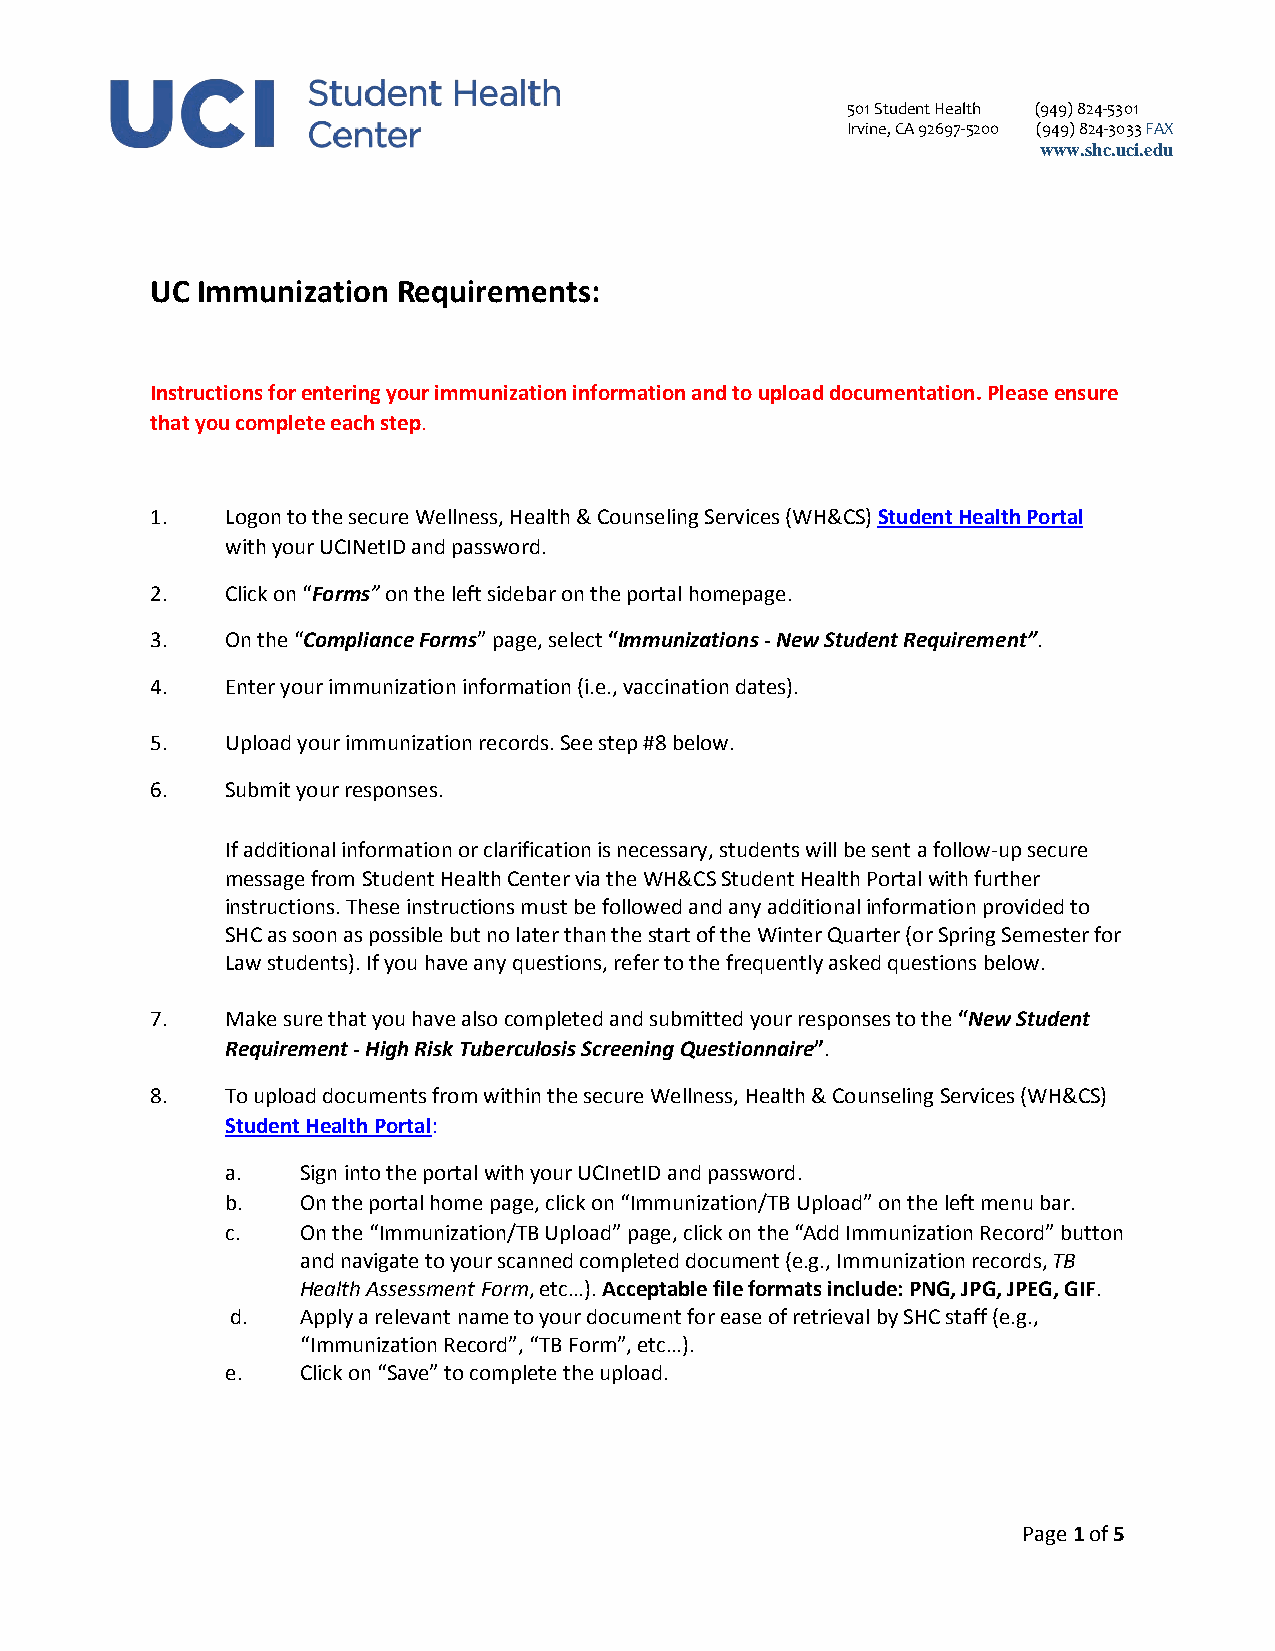
501 Student Health (949) 824-5301
 Irvine, CA 92697-5200 (949) 824-30 33 FAX
 www.shc.uci.edu
 UC Immunization Requirements:
 Instructions for entering your immunization information and to upload documentation. Please ensure
 that you complete each step.
 1.   Logon to the secure Wellness, Health & Counseling Services (WH&CS) Student Health Portal
 with your UCINetID and password.
 2.   Click on “Forms” on the left sidebar on the portal homepage.
 3.   On the “Compliance Forms” page, select “Immunizations - New Student Requirement”.
 4.   Enter your immunization information (i.e., vaccination dates).
 5.   Upload your immunization records. See step #8 below.
 6.   Submit your responses.
 If additional information or clarification is necessary, students will be sent a follow-up secure
 message from Student Health Center via the WH&CS Student Health Portal with further
 instructions. These instructions must be followed and any additional information provided to
 SHC as soon as possible but no later than the start of the Winter Quarter (or Spring Semester for
 Law students). If you have any questions, refer to the frequently asked questions below.
 7.   Make sure that you have also completed and submitted your responses to the “New Student
 Requirement - High Risk Tuberculosis Screening Questionnaire”.
 8.   To upload documents from within the secure Wellness, Health & Counseling Services (WH&CS)
 Student Health Portal:
 a.   Sign into the portal with your UCInetID and password.
 b.   On the portal home page, click on “Immunization/TB Upload” on the left menu bar.
 c.   On the “Immunization/TB Upload” page, click on the “Add Immunization Record” button
 and navigate to your scanned completed document (e.g., Immunization records, TB
 Health Assessment Form, etc…). Acceptable file formats include: PNG, JPG, JPEG, GIF.
 d.   Apply a relevant name to your document for ease of retrieval by SHC staff (e.g.,
 “Immunization Record”, “TB Form”, etc…).
 e.   Click on “Save” to complete the upload.
 Page 1 of 5